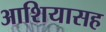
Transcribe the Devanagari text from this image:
आशियासह